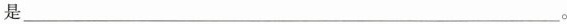
是___。